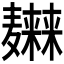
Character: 𱋭